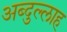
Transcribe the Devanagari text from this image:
अब्‍दुल्‍लाह